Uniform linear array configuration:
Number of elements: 48
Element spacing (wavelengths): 0.25
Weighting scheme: exponential
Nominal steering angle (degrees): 60
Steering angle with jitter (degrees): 61.779
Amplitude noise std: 0.05
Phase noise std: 0.05

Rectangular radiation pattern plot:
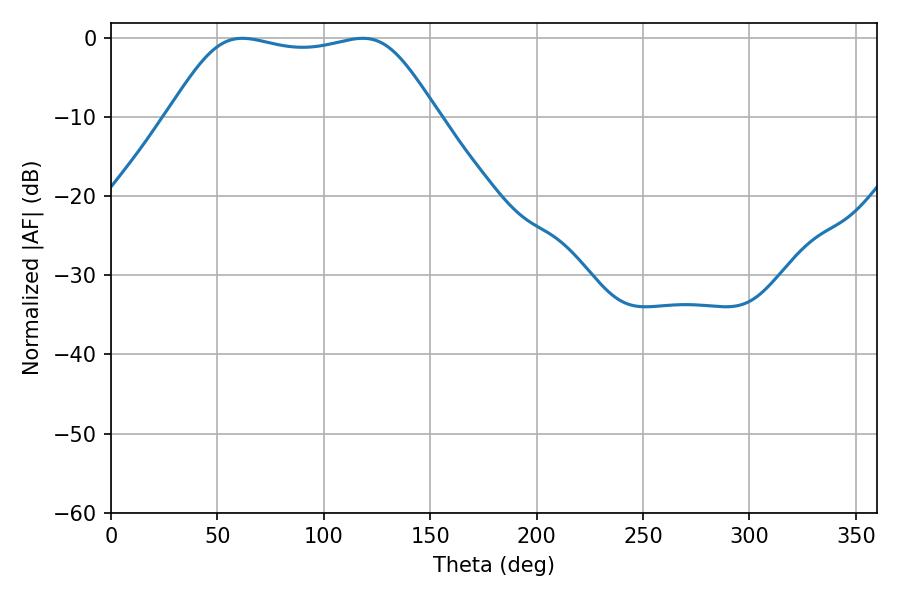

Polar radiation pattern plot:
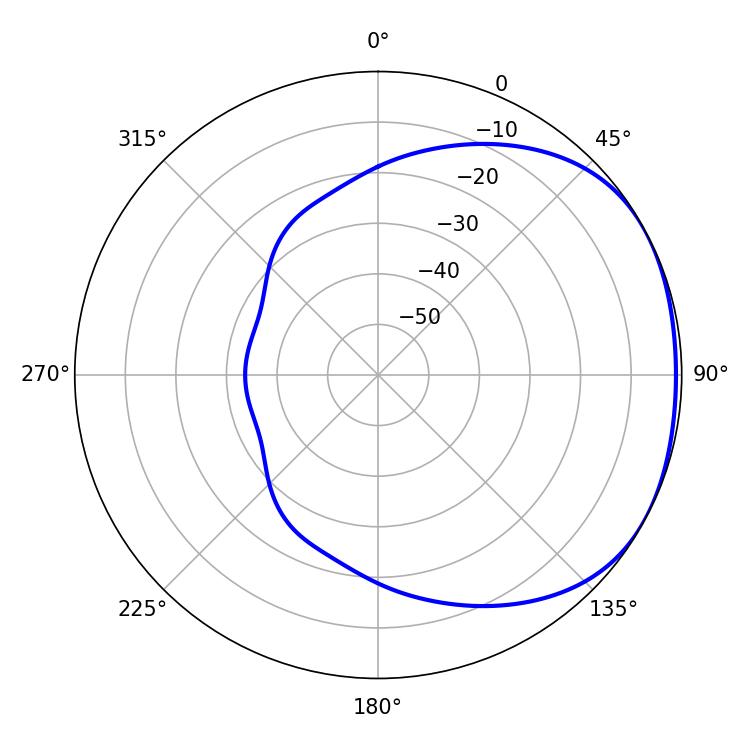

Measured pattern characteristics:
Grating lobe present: FALSE
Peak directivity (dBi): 1.662
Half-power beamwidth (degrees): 95.04
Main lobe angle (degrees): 61.74